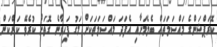
ކޮރަޕްޝަންގެ މައްސަލަތައް ބެލެމަށާއި އެފަދަ މައްސަލަތަކަށް މަގު ފަހިވާނެ ގޮތަށް ކުރެވޭ ކަންކަން